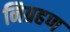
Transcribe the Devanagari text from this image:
निग्रहण